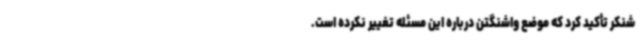
شنکر تأکید کرد که موضع واشنگتن درباره این مسئله تغییر نکرده است.